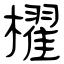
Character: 櫂